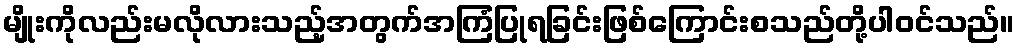
မျိုးကိုလည်းမလိုလားသည့်အတွက်အကြံပြုရခြင်းဖြစ်ကြောင်းစသည်တို့ပါဝင်သည်။